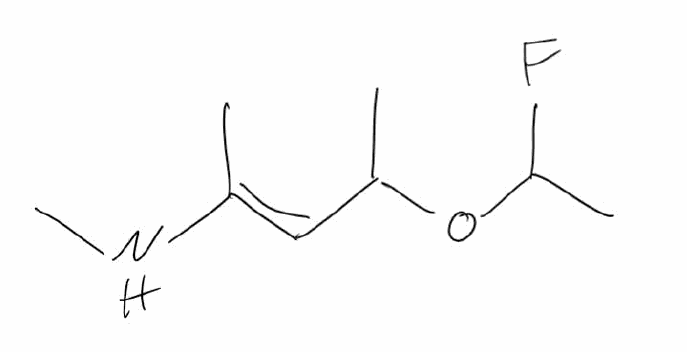
Simplified molecular-input line-entry system (SMILES) notation of the given molecule:
CC(/C=C(\C)/NC)OC(C)F